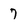
Character: 7